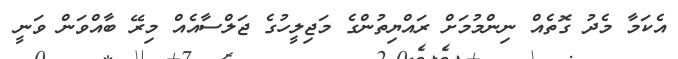
އެކަމާ މެދު ގޮތެއް ނިންމުމަށް ރައްޔިތުންގެ މަޖިލީހުގެ ޖަލްސާއެއް މިރޭ ބާއްވަން ވަނީ